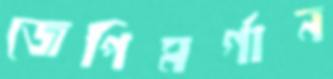
জেপিমর্গান